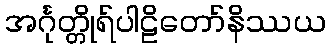
အင်္ဂုတ္တိုရ်ပါဠိတော်နိဿယ